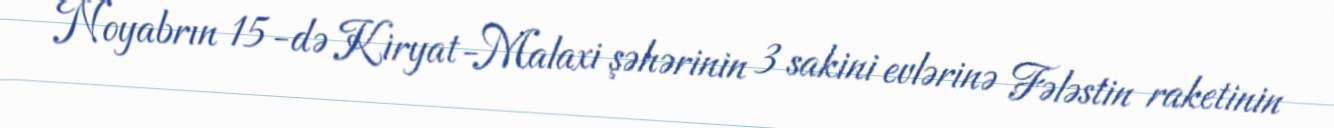
Noyabrın 15-də Kiryat-Malaxi şəhərinin 3 sakini evlərinə Fələstin raketinin